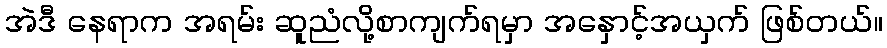
အဲဒီ နေရာက အရမ်း ဆူညံလို့စာကျက်ရမှာ အနှောင့်အယှက် ဖြစ်တယ်။